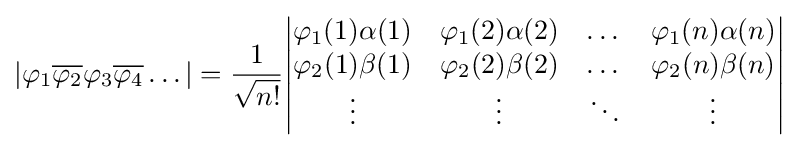
|\varphi _{1}{\overline {\varphi _{2}}}\varphi _{3}{\overline {\varphi _{4}}}\dots |={\frac {1}{\sqrt {n!}}}{\begin{vmatrix}\varphi _{1}(1)\alpha (1)&\varphi _{1}(2)\alpha (2)&\dots &\varphi _{1}(n)\alpha (n)\\\varphi _{2}(1)\beta (1)&\varphi _{2}(2)\beta (2)&\dots &\varphi _{2}(n)\beta (n)\\\vdots &\vdots &\ddots &\vdots \end{vmatrix}}